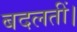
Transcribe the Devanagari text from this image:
बदलतीं।